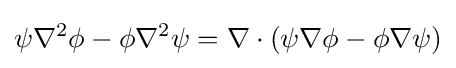
\psi \nabla ^{2}\phi -\phi \nabla ^{2}\psi =\nabla \cdot \left(\psi \nabla \phi -\phi \nabla \psi \right)